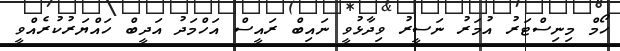
ހޯމް މިނިސްޓަރު އުމަރު ނަސީރު ވިދާޅުވީ ނައިބް ރައީސް އަހްމަދު އަދީބް ހައްޔަރުކުރެއްވީ